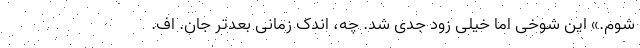
‌شوم.» این شوخی اما خیلی زود جدی شد. چه، اندک زمانی بعدتر جان. اف.